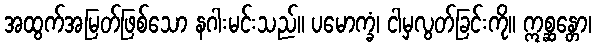
အထွက်အမြတ်ဖြစ်သော နဂါးမင်းသည်။ ပမောက္ခံ၊ ငါမှလွတ်ခြင်းကို။ ဣစ္ဆန္တော၊